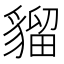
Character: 𧳽